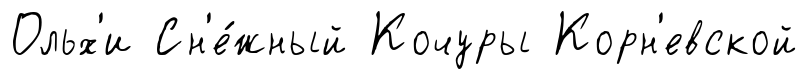
Ольх'и Сн'е́жный Кочуры Корн'евской